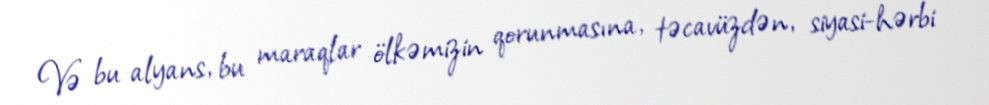
Və bu alyans, bu maraqlar ölkəmizin qorunmasına, təcavüzdən, siyasi-hərbi